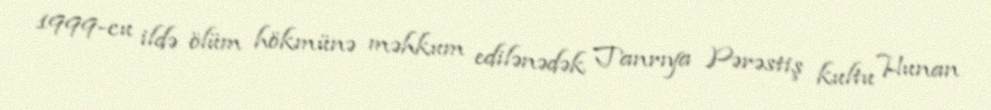
1999-cu ildə ölüm hökmünə məhkum edilənədək Tanrıya Pərəstiş kultu Hunan